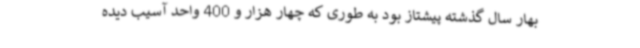
بهار سال گذشته پیشتاز بود به طوری که چهار هزار و 400 واحد آسیب دیده